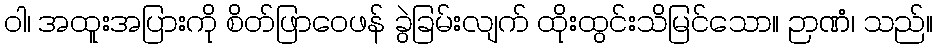
ဝါ၊ အထူးအပြားကို စိတ်ဖြာဝေဖန် ခွဲခြမ်းလျက် ထိုးထွင်းသိမြင်သော။ ဉာဏံ၊ သည်။